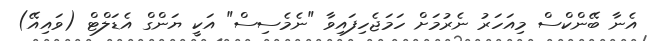
އެނާ ބޭންކްސް މިއަހަރު ނެރުމަށް ހަމަޖެހިފައިވާ "ނެމެސިސް" އަކީ ޔަންގް އެޑަލްޓް (ވައިއޭ)